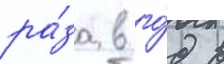
ра́за в го́д в